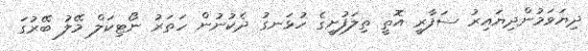
ދިޔަވަމުންދިޔައިރު ސަފާރީ އޮތީ ތިލަފުށީގެ ހުޅަނގު ދެކުނުން ހަަތަރު ނޯޓިކަލް މޭލު ބޭރުގަ